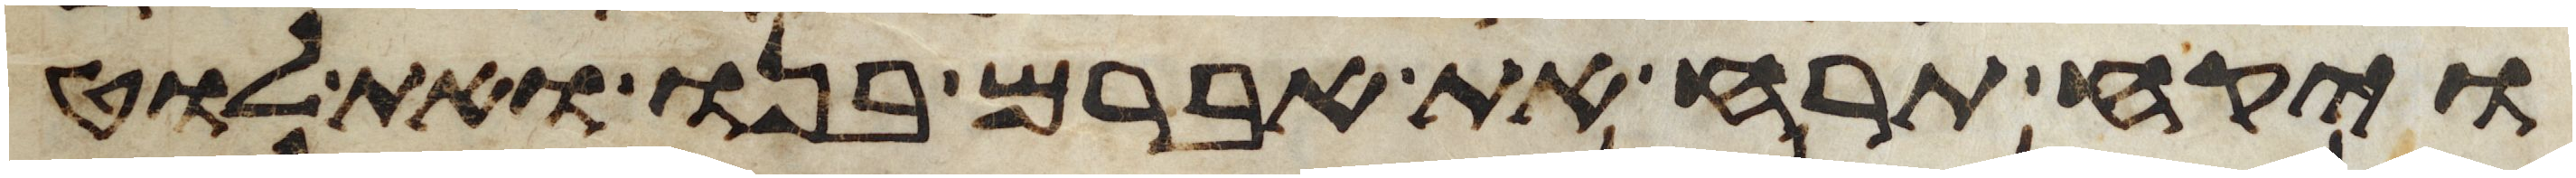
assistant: ויקח תרח את אברם בנו ואת לוט